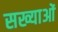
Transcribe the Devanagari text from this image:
सख्याओं